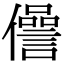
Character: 𠐨